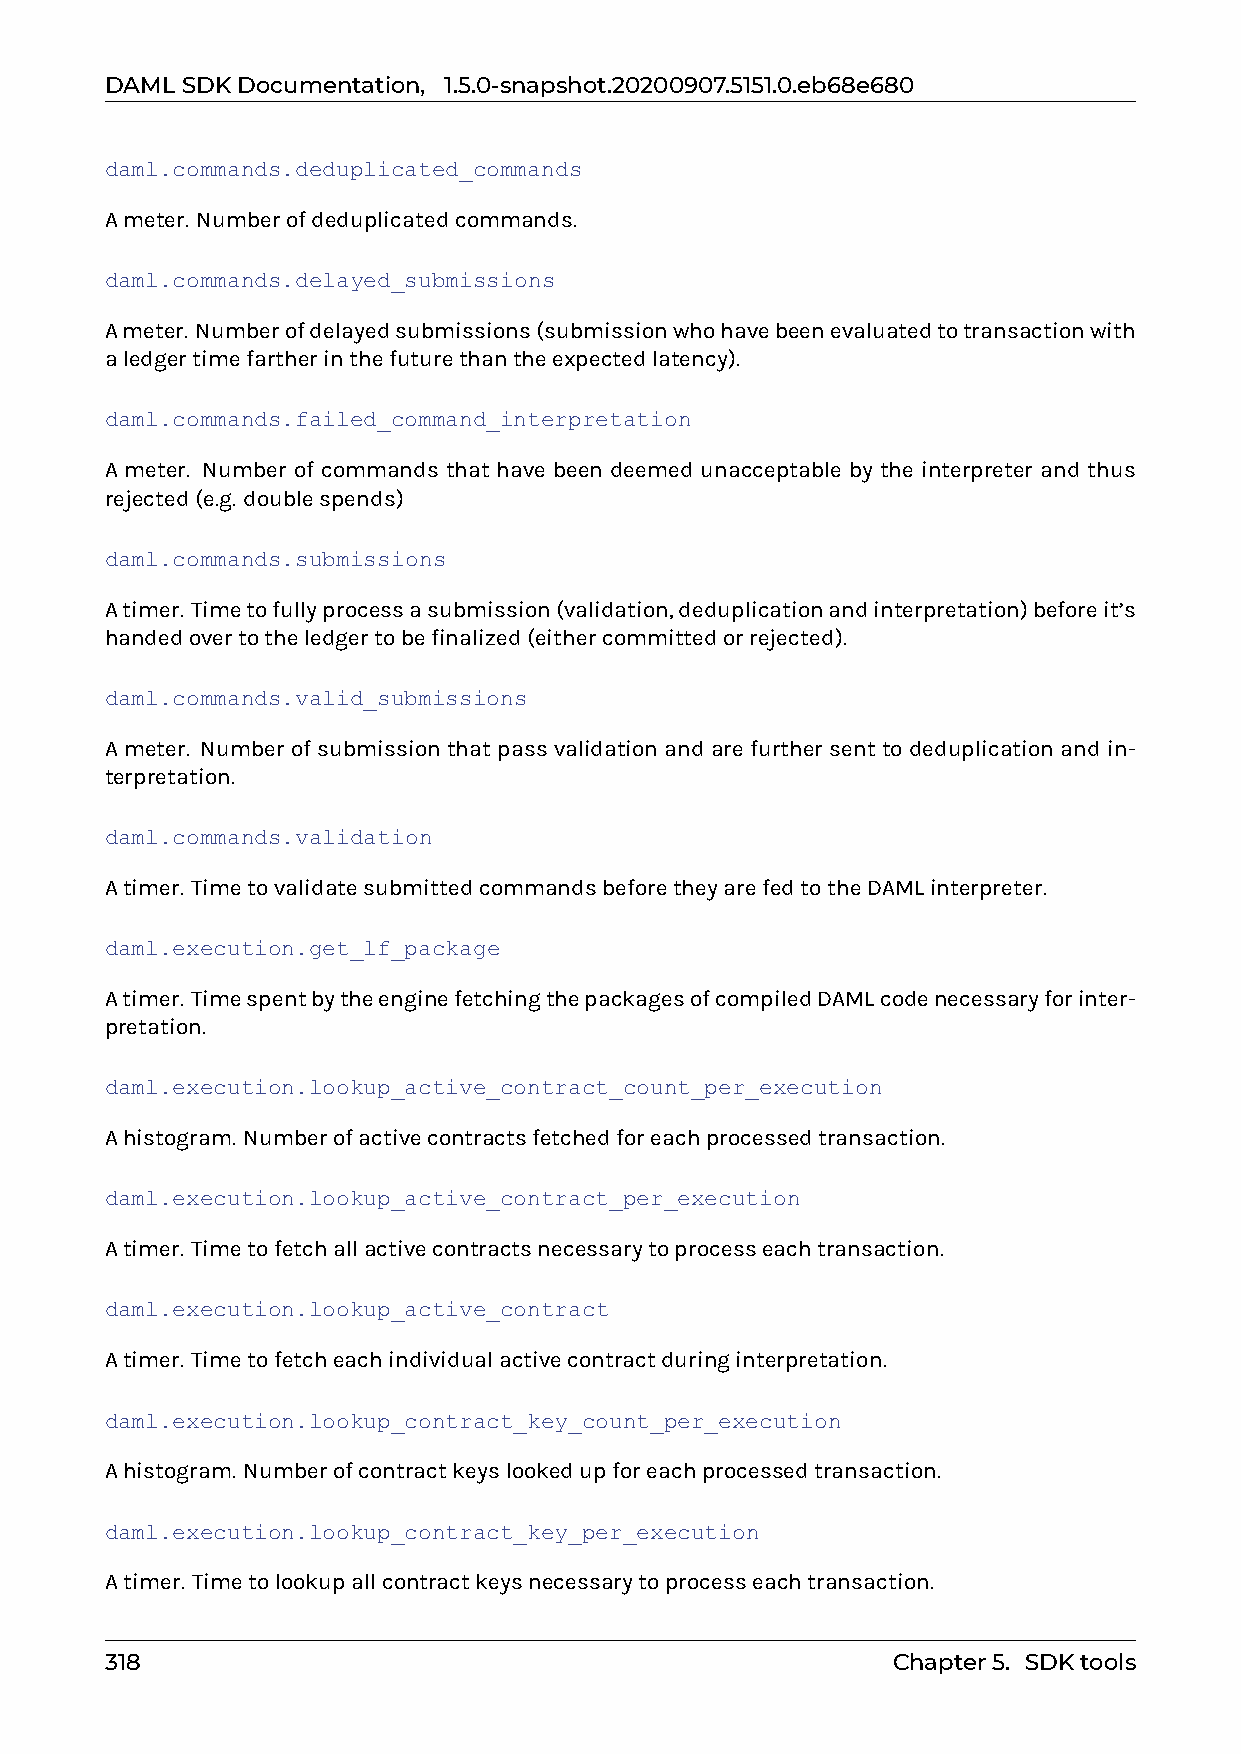
DAMLSDKDocumentation, 1.5.0-snapshot.20200907.5151.0.eb68e680
 daml.commands.deduplicated_commands
 Ameter. Numberofdeduplicatedcommands.
 daml.commands.delayed_submissions
 Ameter. Numberofdelayedsubmissions(submissionwhohavebeenevaluatedtotransactionwith
 aledgertimefartherinthefuturethantheexpectedlatency).
 daml.commands.failed_command_interpretation
 A meter. Number of commands that have been deemed unacceptable by the interpreter and thus
 rejected(e.g. doublespends)
 daml.commands.submissions
 Atimer. Timetofullyprocessasubmission(validation,deduplicationandinterpretation)beforeit’s
 handedovertotheledgertobefinalized(eithercommittedorrejected).
 daml.commands.valid_submissions
 A meter. Number of submission that pass validation and are further sent to deduplication and in-
 terpretation.
 daml.commands.validation
 Atimer. TimetovalidatesubmittedcommandsbeforetheyarefedtotheDAMLinterpreter.
 daml.execution.get_lf_package
 Atimer. TimespentbytheenginefetchingthepackagesofcompiledDAMLcodenecessaryforinter-
 pretation.
 daml.execution.lookup_active_contract_count_per_execution
 Ahistogram. Numberofactivecontractsfetchedforeachprocessedtransaction.
 daml.execution.lookup_active_contract_per_execution
 Atimer. Timetofetchallactivecontractsnecessarytoprocesseachtransaction.
 daml.execution.lookup_active_contract
 Atimer. Timetofetcheachindividualactivecontractduringinterpretation.
 daml.execution.lookup_contract_key_count_per_execution
 Ahistogram. Numberofcontractkeyslookedupforeachprocessedtransaction.
 daml.execution.lookup_contract_key_per_execution
 Atimer. Timetolookupallcontractkeysnecessarytoprocesseachtransaction.
 318                                                 Chapter5. SDKtools